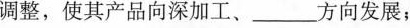
调整，使其产品向深加工、___方向发展；